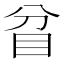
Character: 𥄟